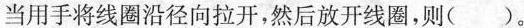
当用手将线圈沿径向拉开，然后放开线圈，则( )。